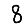
Digit: 8